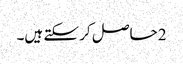
2 حاصل کر سکتے ہیں۔